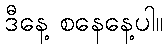
ဒီနေ့ စနေနေ့ပါ။